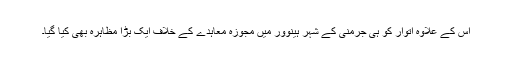
اس کے علاوہ اتوار کو ہی جرمنی کے شہر ہینوور میں مجوزہ معاہدے کے خلاف ایک بڑا مظاہرہ بھی کیا گیا۔